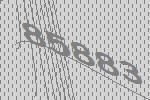
85883